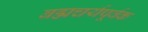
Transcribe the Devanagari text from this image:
बह्मचर्यपूर्वक